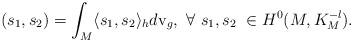
LaTeX: \begin{align*} ( s_1,s_2)=\int_M\langle s_1,s_2\rangle_h d{\rm v}_g ,~ \forall~ s_1, s_2~\in H^0(M,K_M^{-l}).\end{align*}